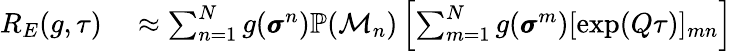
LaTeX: \begin{array}{rl}{R_{E}(g,\tau)}&{{}\approx\sum_{n=1}^{N}g(\pmb{\sigma}^{n})\mathbb{P}(\mathcal{M}_{n})\left[\sum_{m=1}^{N}g(\pmb{\sigma}^{m})[\exp(Q\tau)]_{mn}\right]}\end{array}